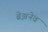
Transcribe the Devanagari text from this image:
ब्रेझनेव